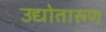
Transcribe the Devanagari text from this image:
उद्योतारूण